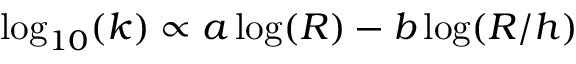
\log _ { 1 0 } ( k ) \propto a \log ( R ) - b \log ( R / h )